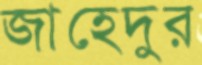
জাহেদুর